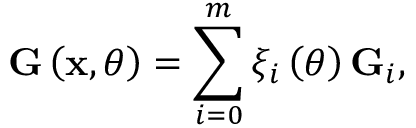
{ \bf G } \left( { \bf x } , \theta \right) = \sum _ { i = 0 } ^ { m } \xi _ { i } \left( \theta \right) { \bf G } _ { i } ,